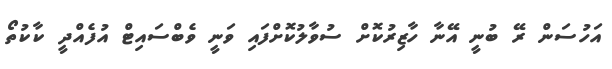
އަހުސަން ރޭ ބުނީ އޭނާ ހާޒިރުކޮށް ސުވާލުކޮށްފައި ވަނީ ވެބްސައިޓް އުފެއްދީ ކާކުތޯ